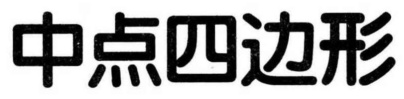
中点四边形